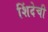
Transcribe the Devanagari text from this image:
शिंदेची